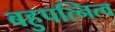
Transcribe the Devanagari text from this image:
बहुपत्नित्व